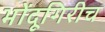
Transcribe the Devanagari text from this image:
भोंदूगिरीच